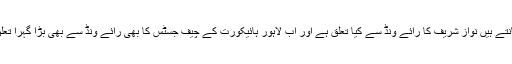
سب جانتے ہیں نواز شریف کا رائے ونڈ سے کیا تعلق ہے اور اب لاہور ہائیکورت کے چیف جسٹس کا بھی رائے ونڈ سے بھی بڑا گہرا تعلق ہے ۔